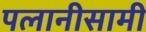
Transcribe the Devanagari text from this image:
पलानीसामी